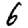
Digit: 6